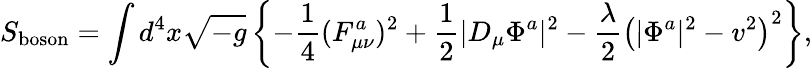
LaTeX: S_{\mathrm{boson}}=\int d^{4}x\sqrt{-g}\left\{ -\frac{1}{4}(F_{\mu\nu}^{a})^{2}+\frac{1}{2}\vert D_{\mu}\Phi^{a}\vert^{2}-\frac{\lambda}{2}\left(\vert\Phi^{a}\vert^{2}-v^{2}\right)^{2}\right\} ,